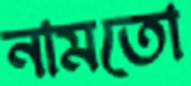
নামতো